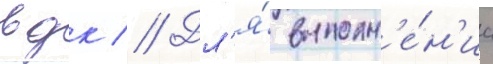
вдк // Дл'я́ выполн'е́н'иа